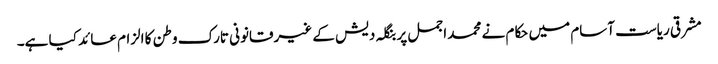
مشرقی ریاست آسام میں حکام نے محمد اجمل پر بنگلہ دیش کے غیرقانونی تارک وطن کا الزام عائد کیا ہے۔